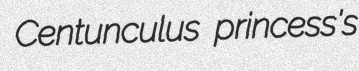
Centunculus princess's